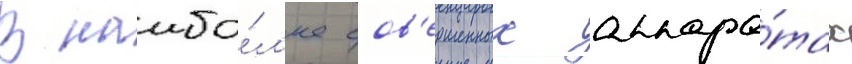
В наибо́л'ее сов'ершенных аппара́тах